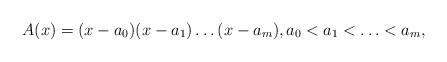
LaTeX: \begin{align*}A(x) = (x- a_0)(x- a_1)\ldots (x- a_m),a_0< a_1 < \ldots < a_m, \end{align*}